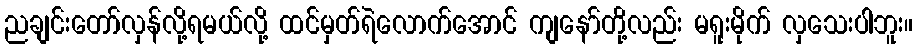
ညချင်းတော်လှန်လို့ရမယ်လို့ ထင်မှတ်ရဲလောက်အောင် ကျနော်တို့လည်း မရူးမိုက် လှသေးပါဘူး။